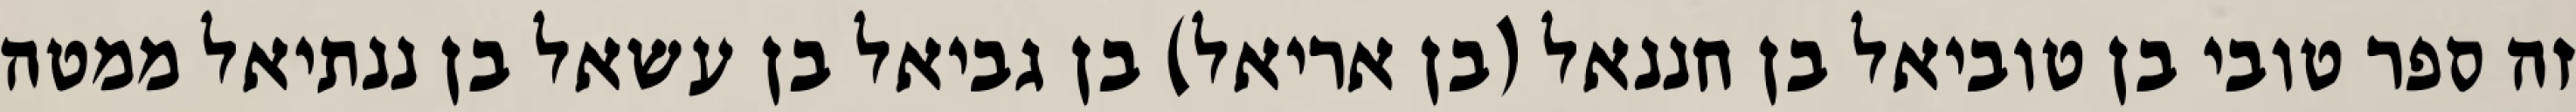
זה ספר טובי בן טוביאל בן חננאל (בן אריאל) בן גביאל בן עשאל בן ננתיאל ממטה